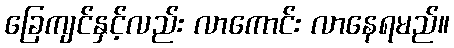
ခြေကျင်နှင့်လည်း လာကောင်း လာနေရမည်။